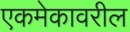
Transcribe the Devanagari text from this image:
एकमेकावरील